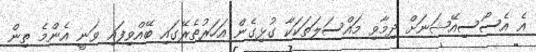
އެ އެސޯސިއޭޝަނަށް ދިމާވި މައްސަލަތަކަކާ ގުޅިގެން އަހަރުތެރޭގައި ބޭއްވިފައި ވަނީ އެންމެ ތިން